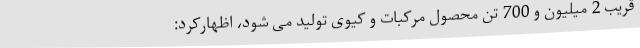
قریب 2 میلیون و 700 تن محصول مرکبات و کیوی تولید می شود، اظهارکرد: